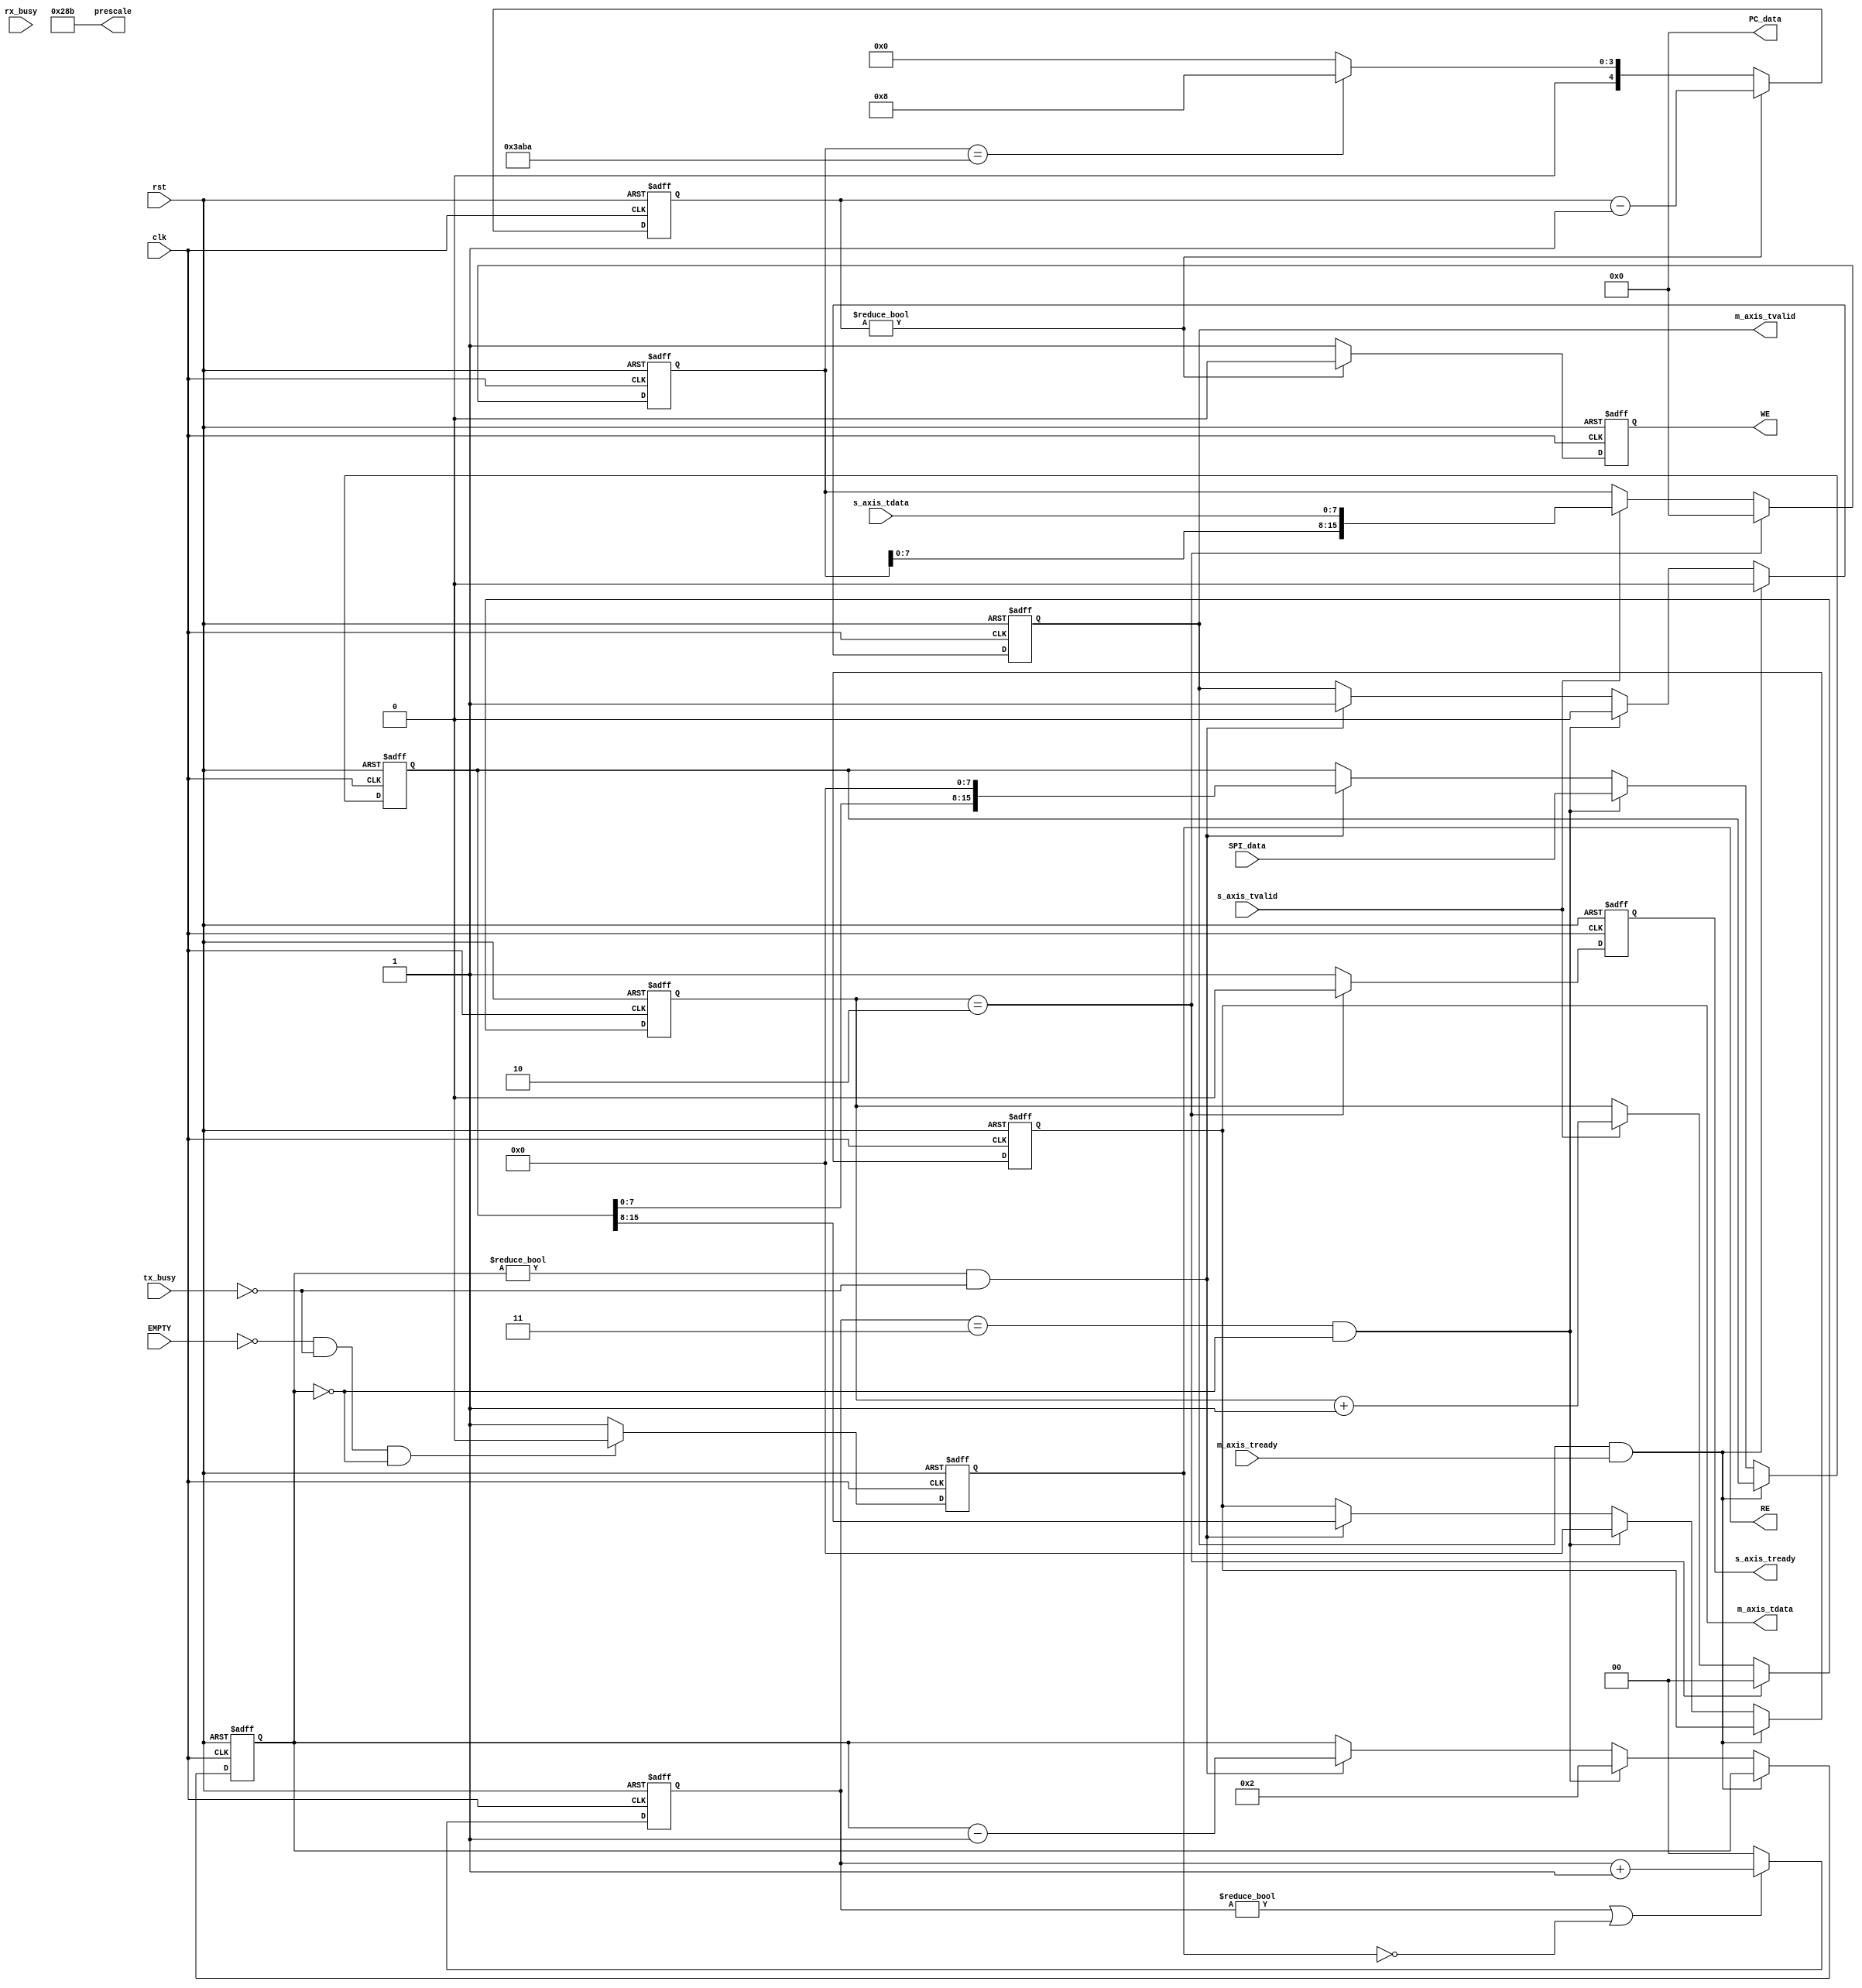
///////////////////////////////////////////////////////////////////////////////////////////////////
// Company: <Name>
//
// File history:
//      <Revision number>: <Date>: <Comments>
//      <Revision number>: <Date>: <Comments>
//      <Revision number>: <Date>: <Comments>
//
// Description: 
//
// <Description here>
//
// Targeted device: <Family::ProASIC3> <Die::A3P1000> <Package::208 PQFP>
//
/////////////////////////////////////////////////////////////////////////////////////////////////// 

//`timescale <time_units> / <precision>

module UART_AD7606#
(
    parameter DATA_WIDTH = 8
)
(
    input  wire                   clk,
    input  wire                   rst,

    /*
     * UART AXI input
     */
    input  wire [DATA_WIDTH-1:0]  s_axis_tdata,
    input  wire                   s_axis_tvalid,
    output wire                   s_axis_tready,

    /*
     * UART AXI output
     */
    output wire [DATA_WIDTH-1:0]  m_axis_tdata,
    output wire                   m_axis_tvalid,
    input  wire                   m_axis_tready,

    /*
     * SPI FIFO control
     */
    input wire [15:0]             SPI_data,
    input wire                    EMPTY,
    output wire                   RE,
     
    /*
     *UART FIFO control
     */
    output wire                   WE,
    output wire [15:0]            PC_data,

    /*
     *AD7606 control
     */
    //output wire                   convst,
    //output wire                   OS0,
    //output wire                   OS1,
    //output wire                   OS2,
    //output wire

    /*
     * Status
     */
    input wire                    tx_busy,
    input wire                    rx_busy,

    /*
     * Configuration
     */
    output  reg [15:0]            prescale = 16'd651
//    output  reg [DATA_WIDTH-1:0]  PC_data_reg = 0
);

//<statements>

reg s_axis_tready_reg = 0;
reg RE_reg = 1;
reg WE_reg = 1;

reg [DATA_WIDTH-1:0] m_axis_tdata_reg = 0;
reg m_axis_tvalid_reg = 0;

reg [15:0] s_axis_din_tdata_reg = 0;

reg [15:0] PC_data_reg = 0;

reg [4:0] data_count = 0;
reg [4:0] AD_data_count = 0;
reg [1:0] PC_data_count = 0;
reg [1:0] FIFO_count = 0;

assign m_axis_tdata = m_axis_tdata_reg;
assign m_axis_tvalid = m_axis_tvalid_reg;
assign s_axis_tready = s_axis_tready_reg;
assign PC_data = 0;
//assign PC_data = PC_data_reg;
assign RE = RE_reg;
assign WE = WE_reg;
//assign WE = (PC_data_count == 2'd2)? 1'b0:1'b1;

/****decide read data from which chip****/
always@(posedge clk or negedge rst)
begin
    if(!rst) begin
        WE_reg <= 1;
        AD_data_count <= 0;
    end else if(AD_data_count != 0) begin
        AD_data_count <= AD_data_count - 1'b1;
        WE_reg <= 0;      
    end else if(PC_data_reg == 16'h3ABA) begin
        AD_data_count <= 5'd8;
        WE_reg <= 1;
    end else begin
        AD_data_count <= 0;
        WE_reg <= 1;
    end
end

/****read data from spi fifo****/
always@(posedge clk or negedge rst)
begin
    if(!rst) begin
        RE_reg <= 1;
    end else if(!EMPTY & !tx_busy & (data_count == 0)) begin
        RE_reg <= 0;
    end
    else begin
        RE_reg <= 1;
    end
end

always@(posedge clk or negedge rst)
begin
    if(!rst) begin
        FIFO_count <= 0;
    end else if((FIFO_count != 0) | (RE == 0)) begin
        FIFO_count <= FIFO_count + 1'b1;
    end else if(FIFO_count == 2'd3) begin
        FIFO_count <= 0;
    end
    else begin
        FIFO_count <= 0;
    end
end

always@(posedge clk or negedge rst)
begin
    if(!rst) begin
        m_axis_tdata_reg <= 0;
        m_axis_tvalid_reg <= 0; 
        
        s_axis_din_tdata_reg <= 0;
        data_count <= 0;
    end else begin
        if(m_axis_tvalid && m_axis_tready) begin
            m_axis_tvalid_reg <= 0;
        end else if((FIFO_count == 2'd3) && (data_count == 0)) begin
            m_axis_tdata_reg <= 0;
            m_axis_tvalid_reg <= 0; 
            s_axis_din_tdata_reg <= SPI_data;
            data_count <= 5'd2;
            //case(PC_data_reg)
                //8'h10: begin
                    //s_axis_din_tdata_reg <= {8'hFF,6'h00,frequency_data,40'h0};
                    //data_count <= 5'd10;
                //end
                    //
                //8'h11: begin
                    //s_axis_din_tdata_reg <= {8'hFD,phase_data,80'h0};
                    //data_count <= 5'd5;
                //end
                //
                //8'h12: begin
                    //s_axis_din_tdata_reg <= {8'hFF,6'h00,frequency_data,8'hFD,duty_data};
                    //data_count <= 5'd15;
                //end
                //
                //default: begin
                    //s_axis_din_tdata_reg <= 0;
                    //data_count <= 0;                
                //end
            //endcase
        end else if((data_count != 0) && !tx_busy) begin
            m_axis_tdata_reg <= s_axis_din_tdata_reg[15:8];
            m_axis_tvalid_reg <= 1;
            
            s_axis_din_tdata_reg <= s_axis_din_tdata_reg << 8;
            data_count <= data_count - 1;
        end else begin
            m_axis_tdata_reg <= m_axis_tdata_reg;
            m_axis_tvalid_reg <= m_axis_tvalid_reg; 
            
            s_axis_din_tdata_reg <=s_axis_din_tdata_reg;
            data_count <= data_count;            
        end
    end      
end

/***?PC????***/
always@(posedge clk or negedge rst)
begin
    if(!rst) begin
        PC_data_reg <= 0;
        s_axis_tready_reg <= 0;
        PC_data_count <= 0;
    end else if(PC_data_count == 2'd2) begin
        s_axis_tready_reg <= 0;
        PC_data_reg <= 0;
        PC_data_count <= 0;
    end else begin
        s_axis_tready_reg <= 1;
        if(s_axis_tvalid) begin
            PC_data_reg <= {PC_data_reg[7:0],s_axis_tdata};
            PC_data_count <= PC_data_count + 1'b1;
        end
    end
end
endmodule